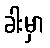
ခါးမှာ